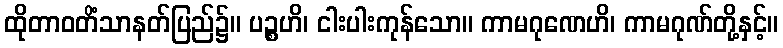
ထိုတာဝတိံသာနတ်ပြည်၌။ ပဉ္စဟိ၊ ငါးပါးကုန်သော။ ကာမဂုဏေဟိ၊ ကာမဂုဏ်တို့နှင့်။